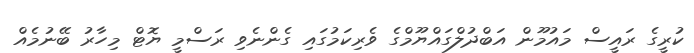
ކުރީގެ ރައީސް މައުމޫން އަބްދުލްގައްޔޫމްގެ ވެރިކަމުގައި ގެންނެވި ރަސްމީ ޔޮޓް މިހާރު ބޭނުމެއް